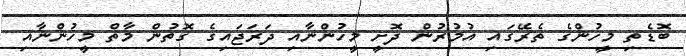
ބޮޑެތި މީހުންގެ ތެރޭގައި އުމުރުން ދޮށީ މީހުންނާއި ދަރަޖައިގެ ގޮތުން މާތް މީހުންނާއި